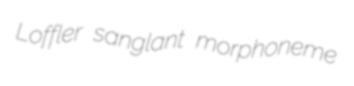
Loffler sanglant morphoneme